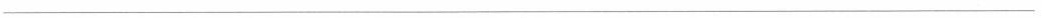
___